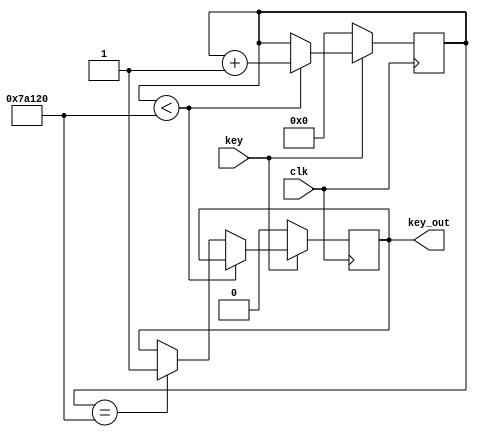
// **************************************************************
// COPYRIGHT(c)2007, Xidian
// All rights reserved.
//
// Module name   :  key_press
//
// Data          :  2008.5.6
// Abstract      :  xiao dou 
// 
// Modification history
// --------------------------------------------------------------
// 
// $Log$
//
// **************************************************************

module key_press(//input
                 clk,key,
             //output
                 key_out);


input clk;
input key;

reg [31:0] i=0;

output key_out;

reg key_out;


always @(posedge clk)

begin 
     if(key==1)
            begin  
              if(i<500000)
              i=i+1;
              else if(i==500000)
              key_out=1;
            end
     else  
            begin
              key_out=0;
              i=0;
            end

end
endmodule